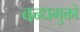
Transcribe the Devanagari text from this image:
बन्धमुक्तो